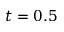
t = 0 . 5